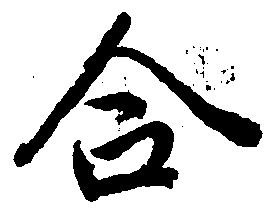
合